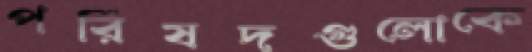
পরিষদগুলোকে